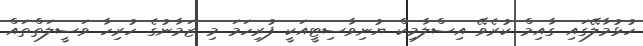
ހުޅުމާލޭގައި ގާއިމް ކުރެވޭ އިސްލާމިކް ޔުނިވާސިޓީއަކީ ފުރިހަމަ މި ޒަމާނުގެ ހުރިހާ ވަސީލަތްތައް